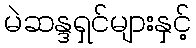
မဲဆန္ဒရှင်များနှင့်